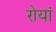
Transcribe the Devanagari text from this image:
रोयां